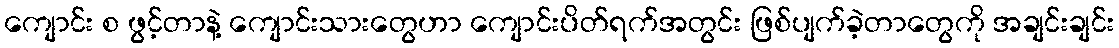
ကျောင်း စ ဖွင့်တာနဲ့ ကျောင်းသားတွေဟာ ကျောင်းပိတ်ရက်အတွင်း ဖြစ်ပျက်ခဲ့တာတွေကို အချင်းချင်း